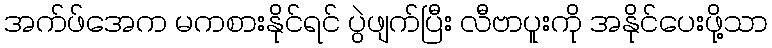
အက်ဖ်အေက မကစားနိုင်ရင် ပွဲဖျက်ပြီး လီဗာပူးကို အနိုင်ပေးဖို့သာ